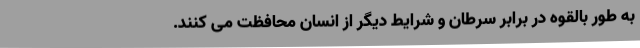
به طور بالقوه در برابر سرطان و شرایط دیگر از انسان محافظت می کنند.